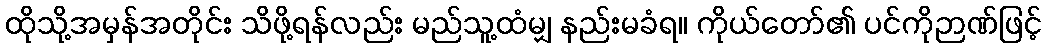
ထိုသို့အမှန်အတိုင်း သိဖို့ရန်လည်း မည်သူ့ထံမျှ နည်းမခံရ။ ကိုယ်တော်၏ ပင်ကိုဉာဏ်ဖြင့်